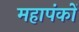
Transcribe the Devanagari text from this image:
महापंकों